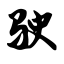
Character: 驶